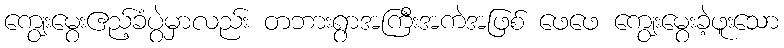
ကျွေးမွေးဧည့်ခံပွဲမှာလည်း တဘားရွာအကြီးအကဲအဖြစ် ဖေဖေ ကျွေးမွေးခဲ့ဖူးသော